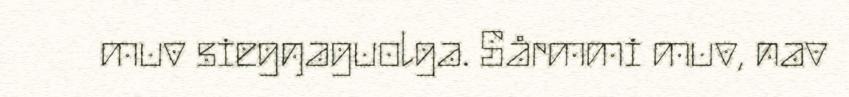
muv siegŋaguolga. Sårmmi muv, nav